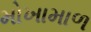
મોખામાળ